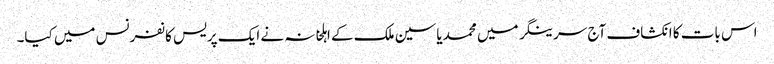
اس بات کا انکشاف آج سرینگر میں محمد یاسین ملک کے اہلخانہ نے ایک پریس کانفرنس میں کیا۔